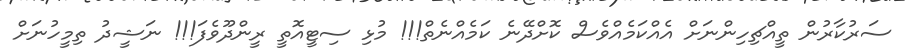
ސަރުކާރުން ތީއްޗިހިންނަށް އެއްކަމެއްވެސް ކޮށްދޭނެ ކަމެއްނެތް!!! މުޅި ސިޓީއޮތީ ރީންދޫވެފަ!!! ނަޝީދު ތިމީހުނަށް